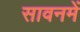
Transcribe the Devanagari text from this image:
सावनमें